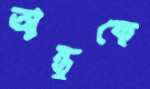
অন্তুকে